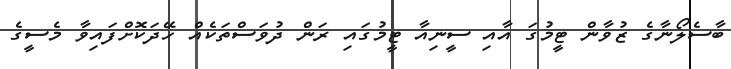
ބާސެލޯނާގެ ޒުވާން ޓީމުގަ އާއި ސީނިއާ ޓީމުގައި ރަން ދުވަސްތަކެއް ހޭދަކޮށްފައިވާ މެސީގެ